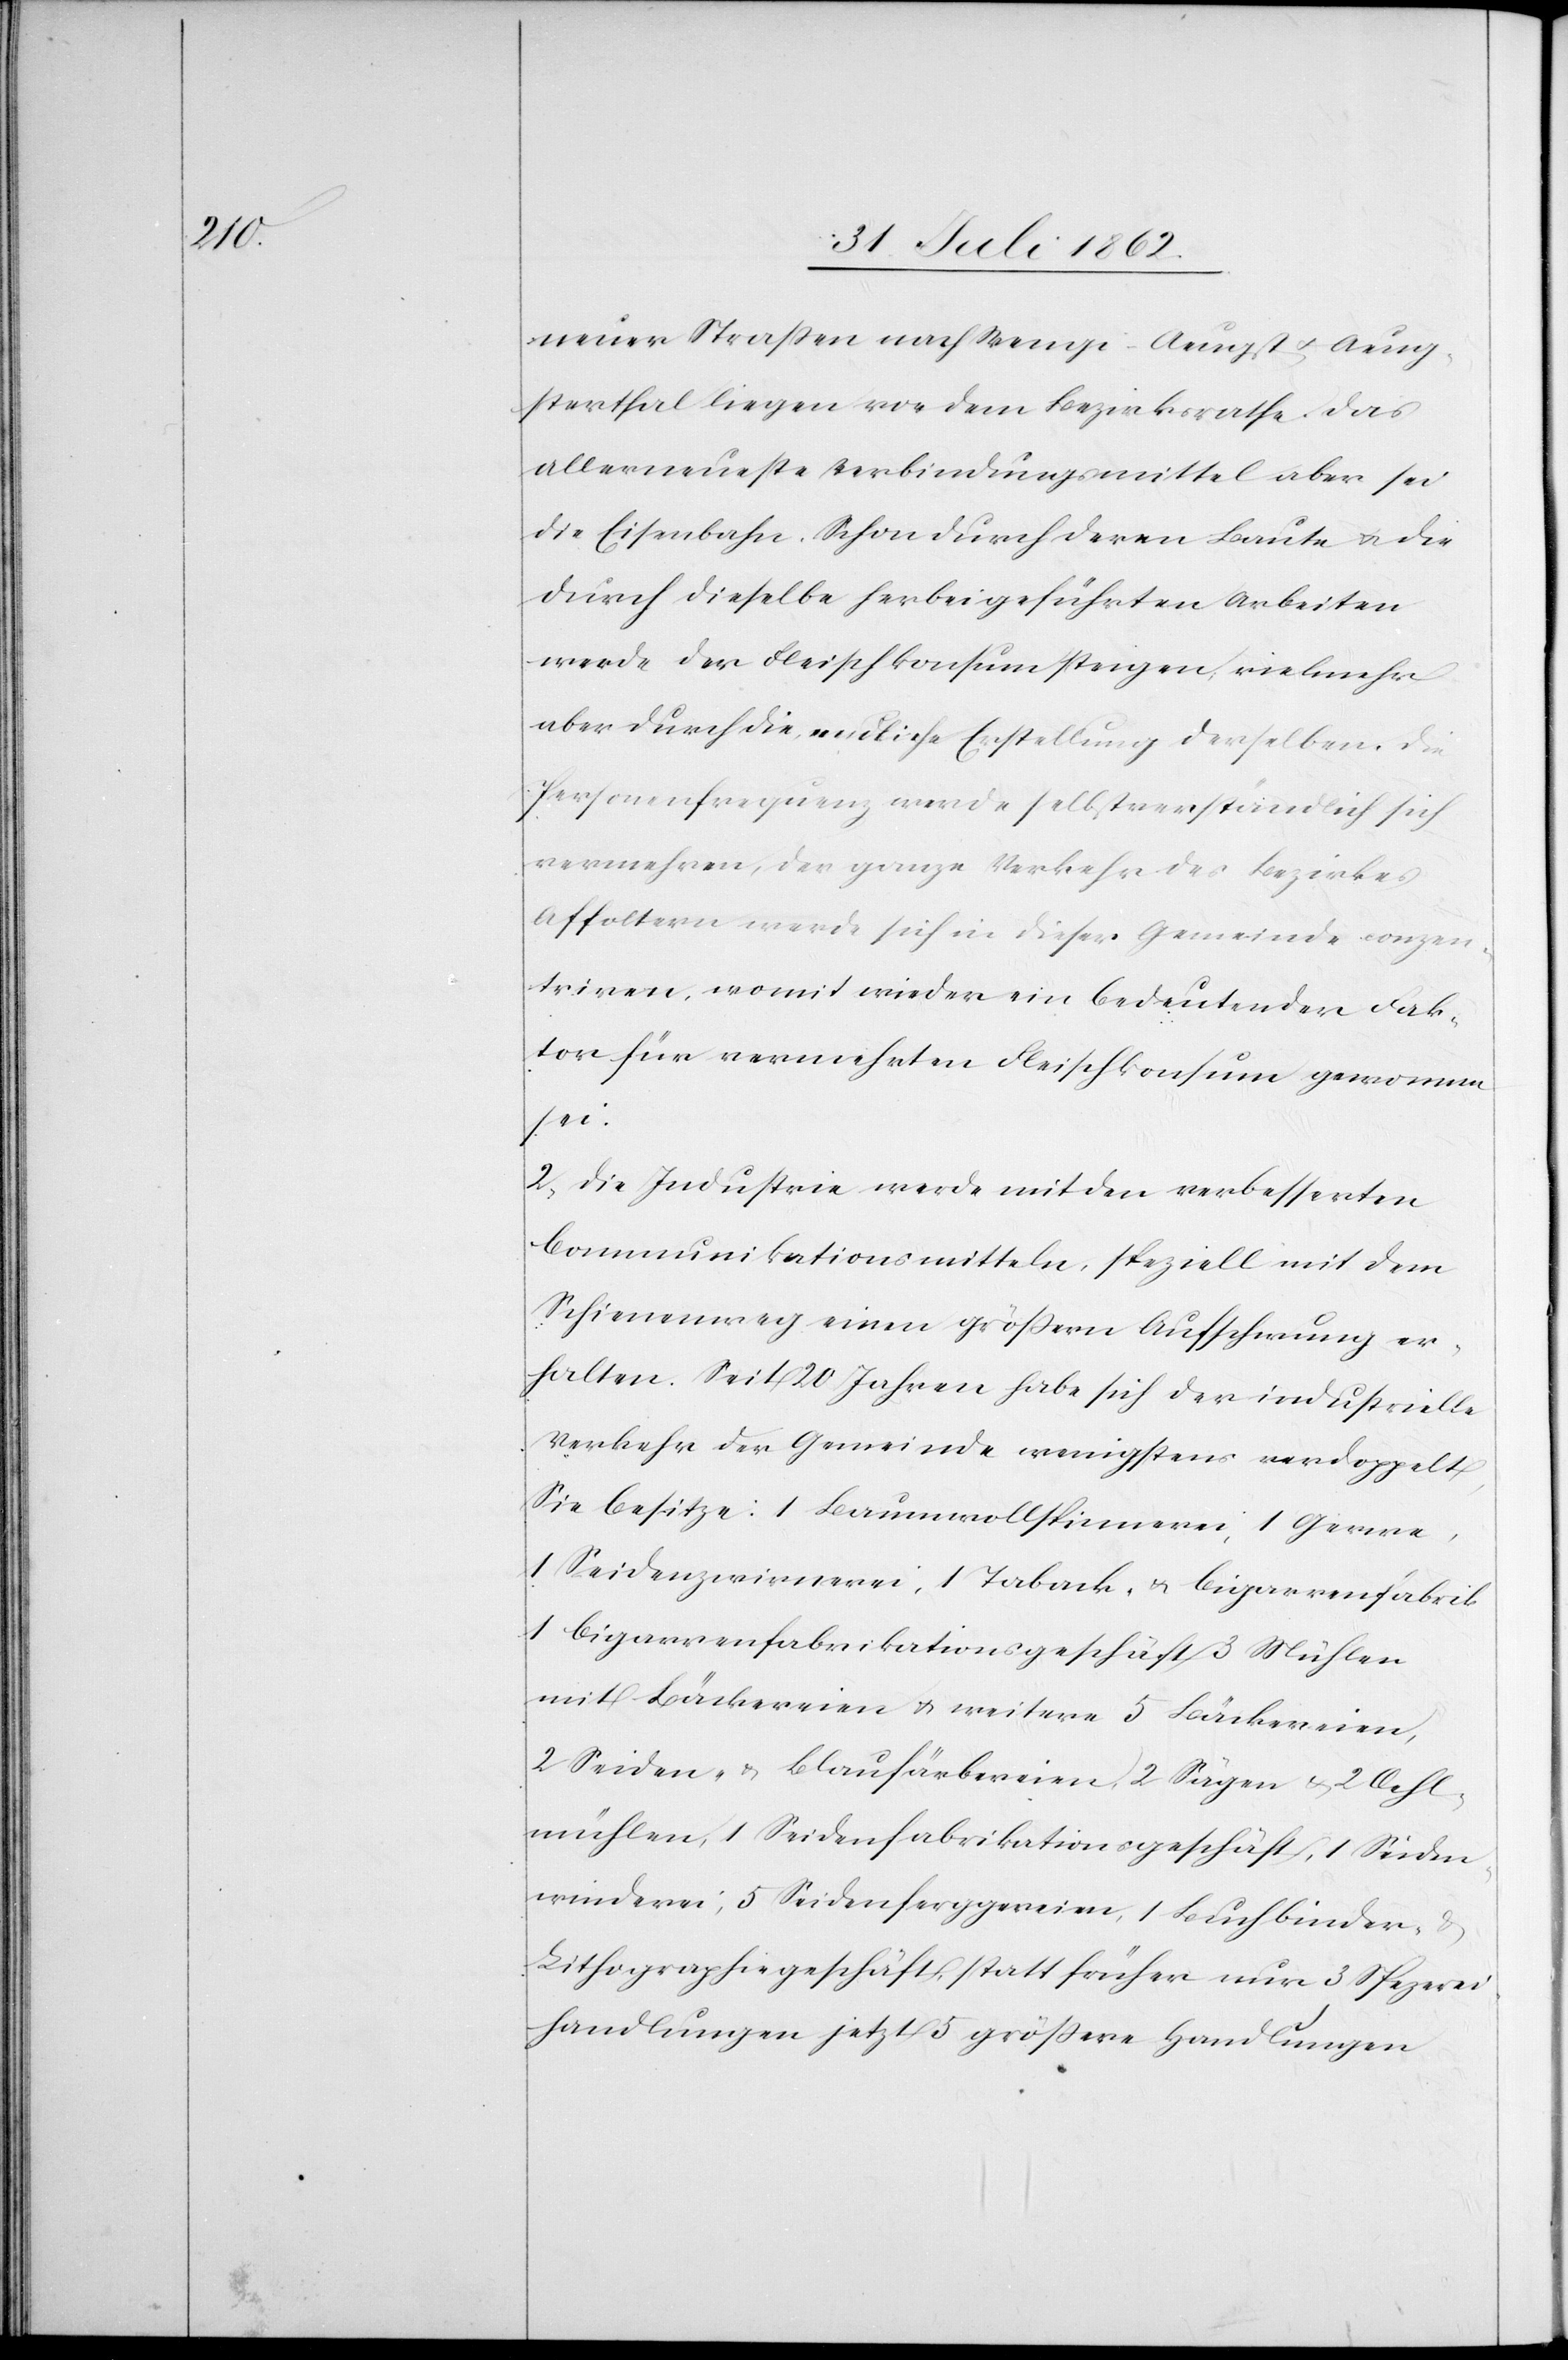
neuer Straßen nach Wengi-Aeugst u. Aeug¬
sterthal liegen vor dem Bezirksrathe. Das
allerneueste Verbindungsmittel aber sei
die Eisenbahn. Schon durch deren Baute u. die
durch dieselbe herbeigeführten Arbeiten
werde der Fleischkonsum steigen, vielmehr
aber durch die neuliche Erstellung derselben. Die
Personenfrequenz werde selbstverständlich sich
vermehren, der ganze Verkehr des Bezirkes
Affoltern werde sich in dieser Gemeinde conzen¬
triren, womit wieder ein bedeutender Fak¬
tor für vermehrten Fleischkonsum gewonnen
sei.
2) die Industrie werde mit den verbesserten
Communikationsmitteln, speziell mit dem
Schienenweg einen größern Aufschwung er¬
halten. Seit 20 Jahren habe sich der industrielle
Verkehr der Gemeinde wenigstens verdoppelt.
Sie besitze: 1 Baumwollenspinnerei, 1 Gerwe,
1 Seidenzwirnerei, 1 Taback- u. Cigarrenfabrik[,]
1 Cigarrenfabrikationsgeschäft[,] 3 Mühlen
mit Bäckereien u. weitere 5 Bäckereien,
2 Seiden- u. Blaufärbereien, 2 Sägen u. 2 Oehl¬
mühlen, 1 Seidenfabrikationsgeschäft, 1 Seiden¬
winderei, 5 Seidenferggereien, 1 Buchbinder- u.
Lithographiegeschäft, statt früher nur 3 Spezerei¬
handlungen jetzt 5 größere Handlungen